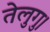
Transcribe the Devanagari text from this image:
तेलुगु।